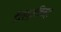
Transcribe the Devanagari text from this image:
ईल्युशनिस्ट